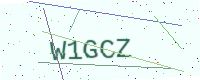
Text: W1GCZ